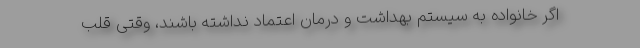
اگر خانواده به سیستم بهداشت و درمان اعتماد نداشته باشند، وقتی قلب